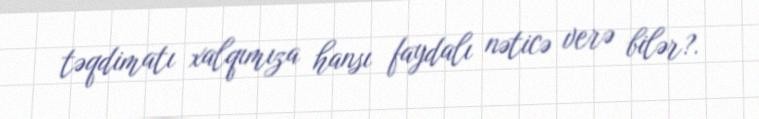
təqdimatı xalqımıza hansı faydalı nəticə verə bilər?.